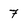
Character: 7